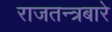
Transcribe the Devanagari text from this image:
राजतन्त्रबारे